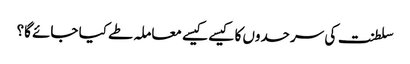
سلطنت کی سرحدوں کا کیسے کیسے معاملہ طے کیا جائے گا؟